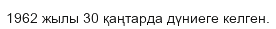
1962 жылы 30 қаңтарда дүниеге келген.